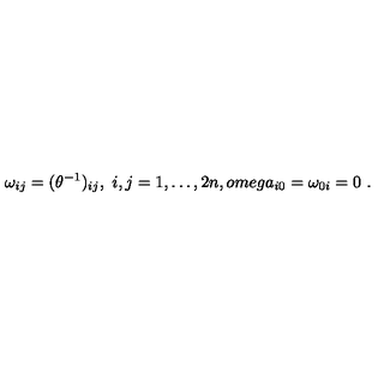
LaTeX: \omega _ { i j } = ( \theta ^ { - 1 } ) _ { i j } , \ i , j = 1 , \dots , 2 n , o m e g a _ { i 0 } = \omega _ { 0 i } = 0 \ .